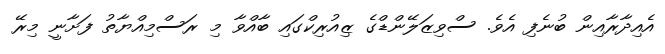
އެއިދާރާއިން ބުނެފި އެވެ. ސްވިޒަލޭންޑްގެ ޒިއުރިކްގައި ބާއްވާ މި ރަސްމިއްޔާތު ފަށާނީ މިރޭ